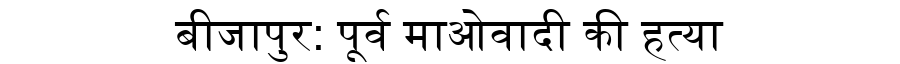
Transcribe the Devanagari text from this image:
बीजापुर: पूर्व माओवादी की हत्या